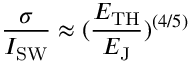
\frac { \sigma } { I _ { \mathrm { S W } } } \approx ( \frac { E _ { \mathrm { T H } } } { E _ { \mathrm { J } } } ) ^ { ( 4 / 5 ) }